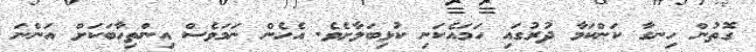
ގޮތުން ހިނގާ ކަންކަމާ ދުރުގައި ހަމައެކަނި ކުޅިބަލާށެވެ. އެހެން ނަމަވެސް އިންތިހާބަކަށް އަންނަ